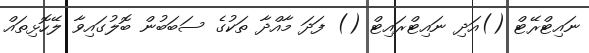
ނައިޓްރޭޓް ()އަދި ނައިޓްރައިޓް () ފަދަ މާއްދާ ތަކުގެ ސަބަބުން ބޮލުގައިވާ ލޭހޮޅިތައް